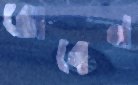
রোবেন